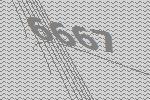
6667